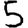
Digit: 5